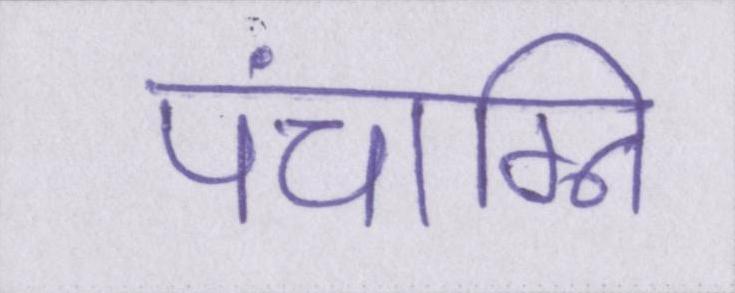
पंचाग्नि